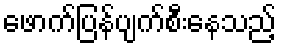
ဖောက်ပြန်ပျက်စီးနေသည့်